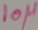
Text: 10µ